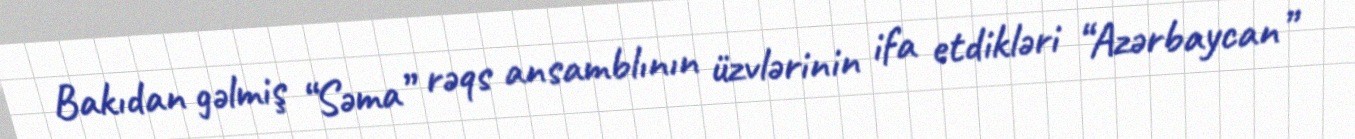
Bakıdan gəlmiş “Səma” rəqs ansamblının üzvlərinin ifa etdikləri “Azərbaycan”